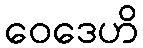
ဝေဒေဟိ